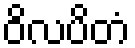
ဝိလပိတံ